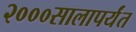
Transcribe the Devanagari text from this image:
२०००सालापर्यंत